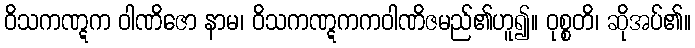
ဝိသကဏ္ဋက ဝါဏိဇော နာမ၊ ဝိသကဏ္ဋကကဝါဏိဇမည်၏ဟူ၍။ ဝုစ္စတိ၊ ဆိုအပ်၏။